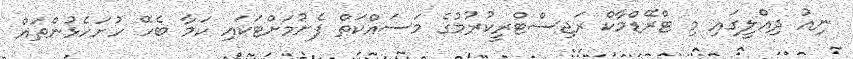
ނިއު ދިއްލީގައި މި ޓްރޭޑްމާކް ރަޖިސްޓްރީކުރުމުގެ މަސައްކަތް ފެށުމަށްޓަކައި ކަމާ ބެހޭ ހުށަހެޅުންތައް